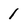
Character: 1